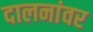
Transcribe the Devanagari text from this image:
दालनांवर